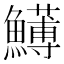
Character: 𩼬